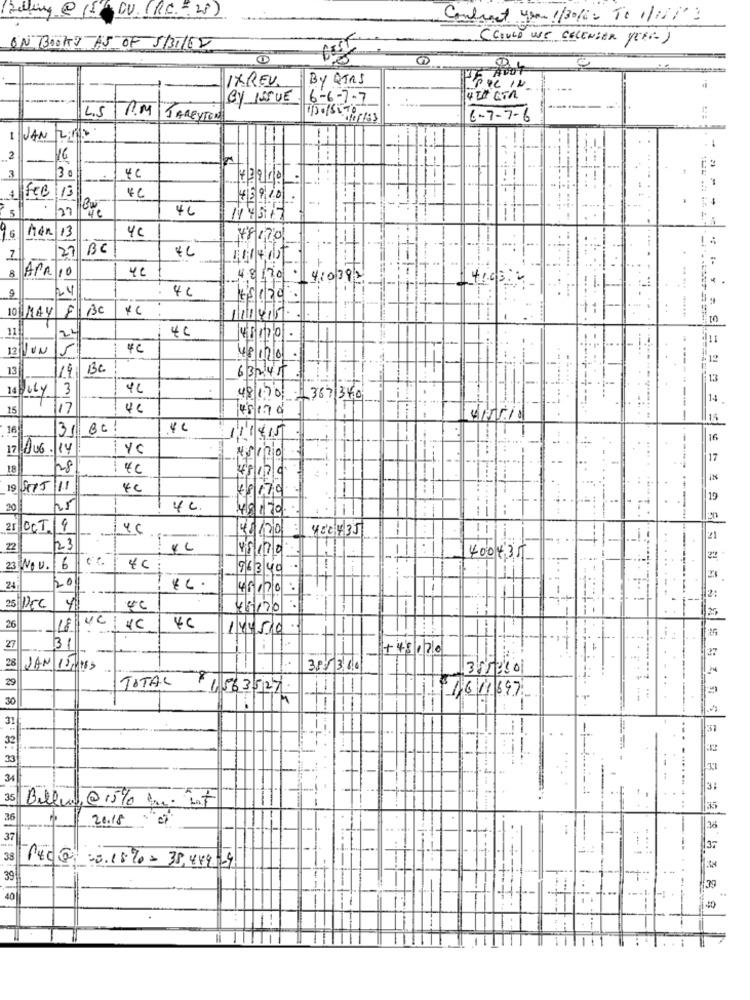
Contract you !/30162 To 1/11/2
( COULD WE CELENGER YEAR- )
ON BOOKJ AS OF SB31/62
IXREV.
By QTAS
w
BY ISSUE
6-6-7-7
4# CTA
4.5
R.M
--
SAREYTON
6-7-7-6
I JAN
-
2
16
3 a
4C
42910
FEC
46910
-
27
NY577
4C
Man 13
78170
27
BC
4
7
-
8
APR
4.3 170 .
410392
9
24
+5620
10
MAY 8 BC
+:
111415.
-
11
4C
11
12 UN
4800
13
19
BC
632.45
13
July 3
48 170 1367 340
--------
14
15
17
4C
45 1.70
-
15
16
31
BC!
.4 0
11 415
16
17 BUG. 14
---
17
18
28
------
48124
19 SER5/11
40
19
20
4c
48170
21 OCT. 9
4C
48/20
450435
21
22
23
..
45170
400435
23 Nou. 6
96340
24
20
45100:
2:
4
4/5/120
11-
26
UC
18
4C
4C
14450
27
31
+48120
27
28
JAN 15983
3813.60
355330
29
TOTAL :156 35127
:
30
1.61697
1.1
3
32
-
34
3:
35
Billund@15% mm.it
..
35
36
20.18 " """
-
36
37
37
38
PE0 5 :0.1890- 38,449-4
39
-
.79
40
40